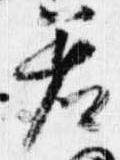
差